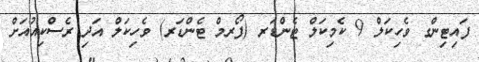
ފައިޓިންގ ވެހިކަލް 9 ކެމިކަލް ޓެންޑަރ (ފޯރމް ޓެންޑަރ) ވެހިކަލް އަދި ރެސްކިއުއަށް